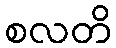
စလတိ